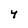
Character: 4